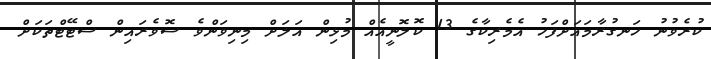
ކުރެވުނު ހަނގުރާމައަށްފަހު އެމެރިކާގެ 13 ކޮލޮނީއެއް މުޅިން އަލަށް މިނިވަންވެ ސޮވެރައިން ސްޓޭޓްތަކަށް